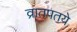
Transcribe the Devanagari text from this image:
व्रातपतये